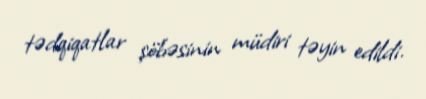
tədqiqatlar şöbəsinin müdiri təyin edildi.